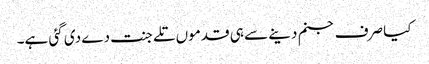
کیا صرف جنم دینے سے ہی قدموں تلے جنت دے دی گئی ہے۔